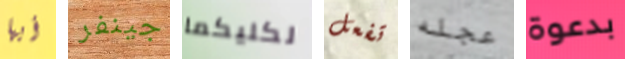
أيها جينفر لكليكما تفعل عجله بدعوة